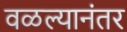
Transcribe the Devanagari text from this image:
वळल्यानंतर